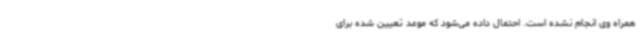
همراه وی انجام نشده است. احتمال داده می‌شود که موعد تعیین شده برای